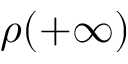
\rho ( + \infty )